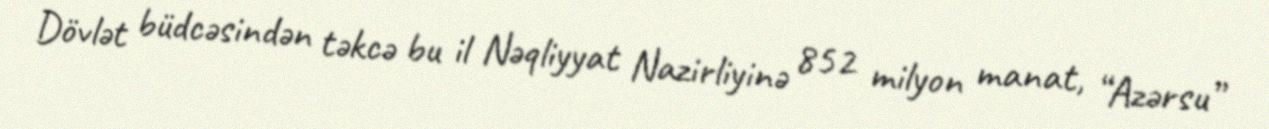
Dövlət büdcəsindən təkcə bu il Nəqliyyat Nazirliyinə 852 milyon manat, “Azərsu”